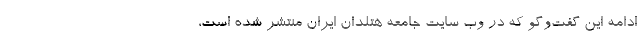
ادامه این گفت‌وگو که در وب سایت جامعه هتلدان ایران منتشر شده است،